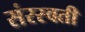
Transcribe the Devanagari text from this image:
संरस्वती